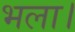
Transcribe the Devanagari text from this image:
भला।